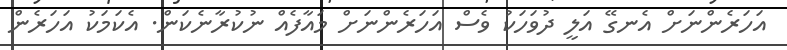
އަހަރެންނަށް އެނގޭ އަލީ ދުވަހަކު ވެސް އަހަރެންނަށް މައާފެއް ނުކުރާނެކަން. އެކަމަކު އަހަރެން